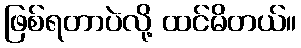
ဖြစ်ရတာပဲလို့ ထင်မိတယ်။